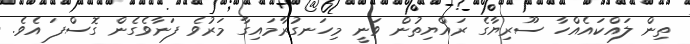
ތިން ލައްކައެއްހާ ސޫރިޔާގެ ރައްޔިތުން ވަނީ މިހަނގުރާމައިގާ މަރުވެ ފަނާވެގެން ގޮސްފަ އެވެ.